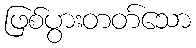
ဖြစ်ပွားတတ်သော